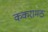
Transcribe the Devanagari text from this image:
ककरामठ